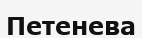
Петенева